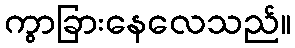
ကွာခြားနေလေသည်။